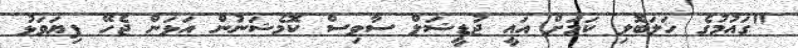
"ގައުމުގެ ހަލަބޮލި ކަމަށް އައީ ޖުޑީޝަލް ސާވިސް ކޮމެޝަނުން އަޅަން ޖެހޭ ފިޔަވަޅު